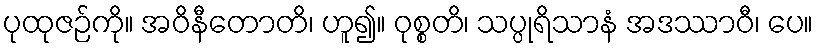
ပုထုဇဉ်ကို။ အဝိနီတောတိ၊ ဟူ၍။ ဝုစ္စတိ၊ သပ္ပုရိသာနံ အဒဿာဝီ၊ ပေ။